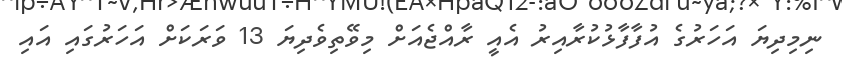
ނިމިދިޔަ އަހަރުގެ އުފާފާޅުކުރާއިރު އެއީ ރާއްޖެއަށް މިވޭތިވެދިޔަ 13 ވަރަކަށް އަހަރުގައި އައި